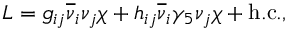
{ \cal L } = g _ { i j } \overline { { { \nu } } } _ { i } \nu _ { j } \chi + h _ { i j } \overline { { { \nu } } } _ { i } \gamma _ { 5 } \nu _ { j } \chi + \mathrm { h . c . } ,